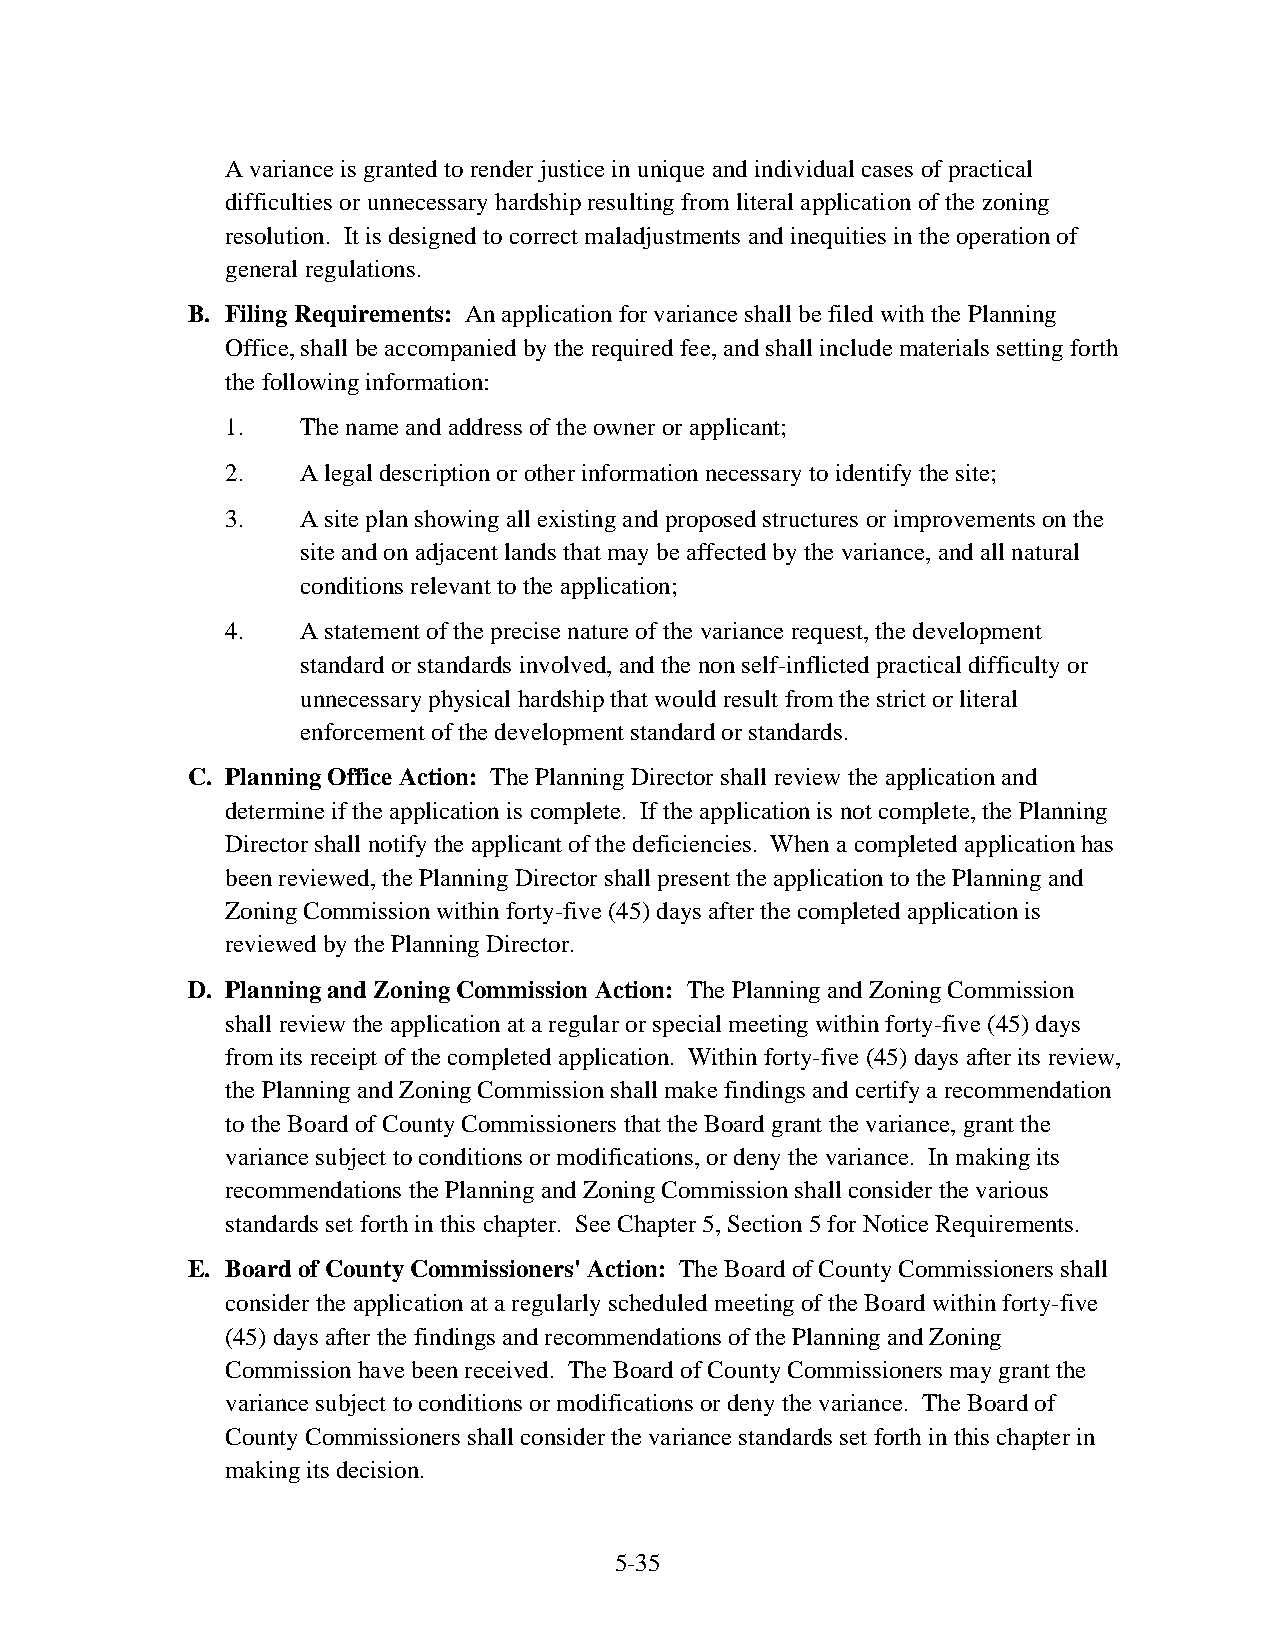
A variance is granted to render justice in unique and individual cases of practical
 difficulties or unnecessary hardship resulting from literal application of the zoning
 resolution. It is designed to correct maladjustments and inequities in the operation of
 general regulations.
 B. Filing Requirements: An application for variance shall be filed with the Planning
 Office, shall be accompanied by the required fee, and shall include materials setting forth
 the following information:
 1.   The name and address of the owner or applicant;
 2.   A legal description or other information necessary to identify the site;
 3.   A site plan showing all existing and proposed structures or improvements on the
 site and on adjacent lands that may be affected by the variance, and all natural
 conditions relevant to the application;
 4.   A statement of the precise nature of the variance request, the development
 standard or standards involved, and the non self-inflicted practical difficulty or
 unnecessary physical hardship that would result from the strict or literal
 enforcement of the development standard or standards.
 C. Planning Office Action: The Planning Director shall review the application and
 determine if the application is complete. If the application is not complete, the Planning
 Director shall notify the applicant of the deficiencies. When a completed application has
 been reviewed, the Planning Director shall present the application to the Planning and
 Zoning Commission within forty-five (45) days after the completed application is
 reviewed by the Planning Director.
 D. Planning and Zoning Commission Action: The Planning and Zoning Commission
 shall review the application at a regular or special meeting within forty-five (45) days
 from its receipt of the completed application. Within forty-five (45) days after its review,
 the Planning and Zoning Commission shall make findings and certify a recommendation
 to the Board of County Commissioners that the Board grant the variance, grant the
 variance subject to conditions or modifications, or deny the variance. In making its
 recommendations the Planning and Zoning Commission shall consider the various
 standards set forth in this chapter. See Chapter 5, Section 5 for Notice Requirements.
 E. Board of County Commissioners' Action: The Board of County Commissioners shall
 consider the application at a regularly scheduled meeting of the Board within forty-five
 (45) days after the findings and recommendations of the Planning and Zoning
 Commission have been received. The Board of County Commissioners may grant the
 variance subject to conditions or modifications or deny the variance. The Board of
 County Commissioners shall consider the variance standards set forth in this chapter in
 making its decision.
 5-35